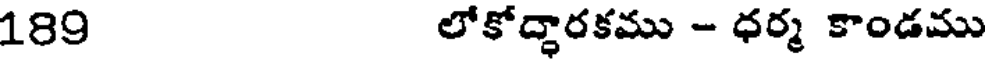
189 లోకోద్ధారకము - ధర్మ కాండము